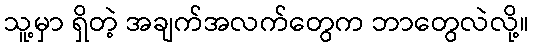
သူ့မှာ ရှိတဲ့ အချက်အလက်တွေက ဘာတွေလဲလို့။